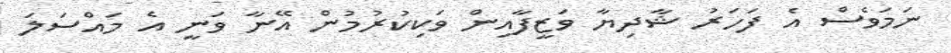
ނަމަވެސް އެ ފަހަރު ޝާދިޔާ ވަޒީފާއިން ވަކިކުރުމުން އޭނާ ވަނީ އެ މައްސަލަ